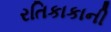
રતિકાકાની